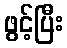
ဖွင့်ပြီး